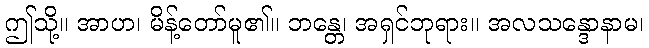
ဤသို့။ အာဟ၊ မိန့်တော်မူ၏။ ဘန္တေ၊ အရှင်ဘုရား။ အလသန္ဒောနာမ၊